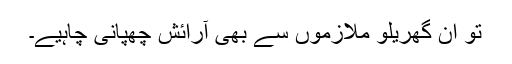
تو ان گھریلو ملازموں سے بھی آرائش چھپانی چاہیے۔